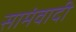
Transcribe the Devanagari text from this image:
सामंवादी